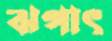
ঝপাৎ